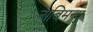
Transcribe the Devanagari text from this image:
अबिमन्यु